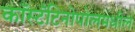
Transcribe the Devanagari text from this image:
काँस्टँटिनोपोलमधील